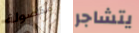
مفصولة يتشاجر